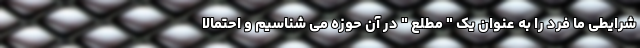
شرایطی ما فرد را به عنوان یک " مطلع " در آن حوزه می شناسیم و احتمالا